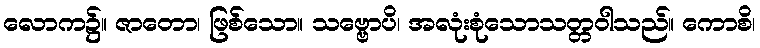
လောက၌။ ဇာတော၊ ဖြစ်သော။ သဗ္ဗောပိ၊ အလုံးစုံသောသတ္တဝါသည်။ ကောစိ၊